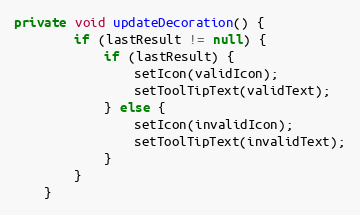
Language: Java
private void updateDecoration() {
        if (lastResult != null) {
            if (lastResult) {
                setIcon(validIcon);
                setToolTipText(validText);
            } else {
                setIcon(invalidIcon);
                setToolTipText(invalidText);
            }
        }
    }